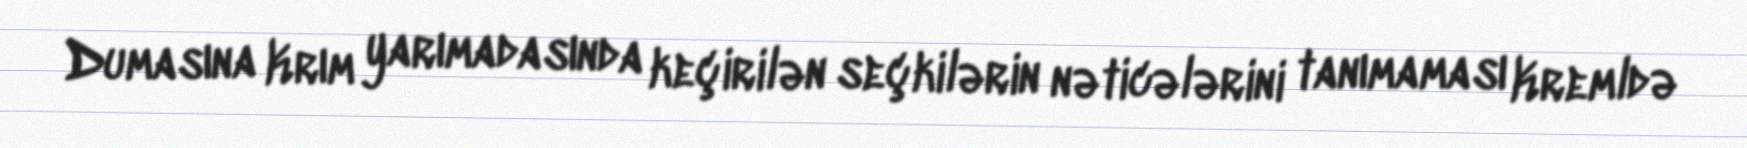
Dumasına Krım yarımadasında keçirilən seçkilərin nəticələrini tanımaması Kremldə